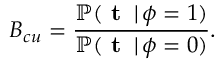
B _ { c u } = \frac { \mathbb { P } ( \textbf { t } \, | \, \phi = 1 ) } { \mathbb { P } ( \textbf { t } \, | \, \phi = 0 ) } .